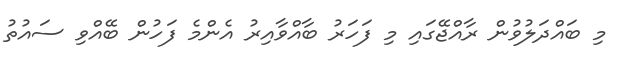
މި ބައްދަލުވުން ރާއްޖޭގައި މި ފަހަރު ބާއްވާއިރު އެންމެ ފަހުން ބޭއްވި ސައުތު